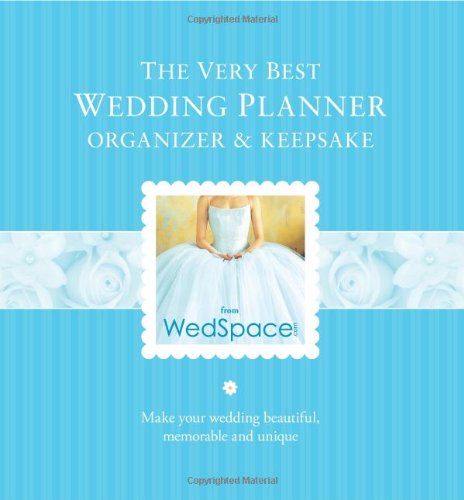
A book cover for Very Best Wedding Planner Organizer; Alex A. Lluch; Crafts, Hobbies & Home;